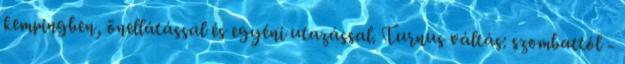
kempingben, önellátással és egyéni utazással. Turnus váltás: szombattól -